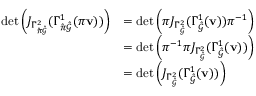
\begin{array} { r l } { \operatorname* { d e t } \left( J _ { \Gamma _ { \hat { \pi } \hat { \mathcal { G } } } ^ { 2 } } ( \Gamma _ { \hat { \pi } \hat { \mathcal { G } } } ^ { 1 } ( \pi \mathbf { v } ) ) \right) } & { = \operatorname* { d e t } \left( \boldsymbol { \pi } J _ { \Gamma _ { \hat { \mathcal { G } } } ^ { 2 } } ( \Gamma _ { \hat { \mathcal { G } } } ^ { 1 } ( \mathbf { v } ) ) \boldsymbol { \pi } ^ { - 1 } \right) } \\ & { = \operatorname* { d e t } \left( \boldsymbol { \pi } ^ { - 1 } \boldsymbol { \pi } J _ { \Gamma _ { \hat { \mathcal { G } } } ^ { 2 } } ( \Gamma _ { \hat { \mathcal { G } } } ^ { 1 } ( \mathbf { v } ) ) \right) } \\ & { = \operatorname* { d e t } \left( J _ { \Gamma _ { \hat { \mathcal { G } } } ^ { 2 } } ( \Gamma _ { \hat { \mathcal { G } } } ^ { 1 } ( \mathbf { v } ) ) \right) } \end{array}